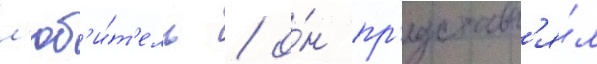
л'юб'и́т'ель / о́н пр'едставл'я́л